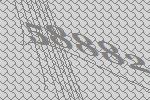
58882